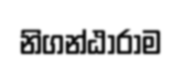
නිගන්ඨාරාම